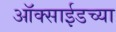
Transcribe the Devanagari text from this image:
ऑक्साईडच्या